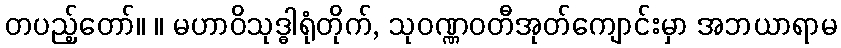
တပည့်တော်။ ။ မဟာဝိသုဒ္ဓါရုံတိုက်, သုဝဏ္ဏဝတီအုတ်ကျောင်းမှာ အဘယာရာမ